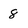
Character: 8